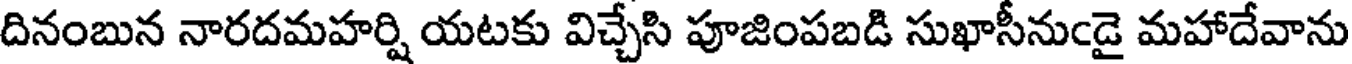
దినంబున నారదమహర్షి యటకు విచ్చేసి పూజింపబడి సుఖాసీనుఁడై మహాదేవాను